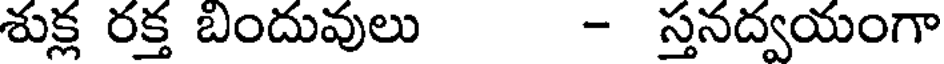
శుక్ల రక్త బందువులు - స్తనద్వయంగా